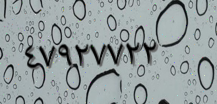
٤٧٩٢٧٧٢٢